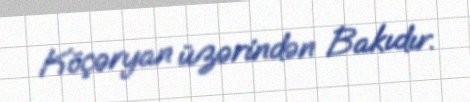
Köçəryan üzərindən Bakıdır.